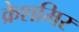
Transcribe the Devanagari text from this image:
क्रेशमिर